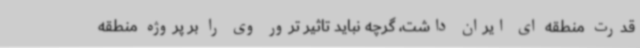
قدرت منطقه ای ایران داشت، گرچه نباید تاثیر ترور وی را بر پروژه منطقه